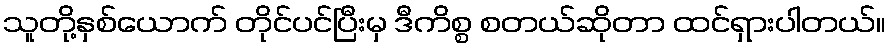
သူတို့နှစ်ယောက် တိုင်ပင်ပြီးမှ ဒီကိစ္စ စတယ်ဆိုတာ ထင်ရှားပါတယ်။